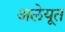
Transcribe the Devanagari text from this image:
अलेयूत